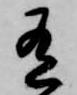
有